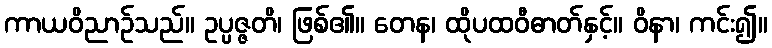
ကာယဝိညာဉ်သည်။ ဥပ္ပဇ္ဇတိ၊ ဖြစ်၏။ တေန၊ ထိုပထဝီဓာတ်နှင့်။ ဝိနာ၊ ကင်း၍။